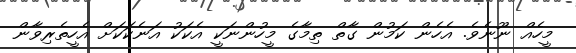
މީހެއް ނޫނެވެ. އެހެން ކަމުން ގާތް ތިމާގެ މީހުންނަކީ އެކަކު އަނެކަކަށް އެހީތެރިވާން